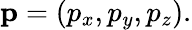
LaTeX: \mathbf{p}=\left(p_{x},p_{y},p_{z}\right).